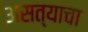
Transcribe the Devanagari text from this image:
असत्याचा